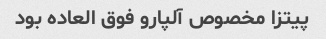
پیتزا مخصوص آلپارو فوق العاده بود